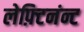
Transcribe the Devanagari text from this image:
लेफ़्टिनंन्ट